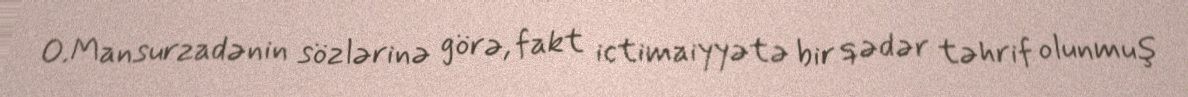
O.Mansurzadənin sözlərinə görə, fakt ictimaiyyətə bir qədər təhrif olunmuş